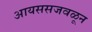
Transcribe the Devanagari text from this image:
आयससजवळून